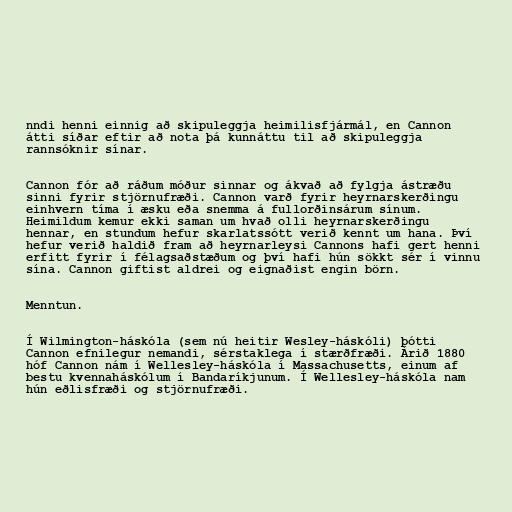
nndi henni einnig að skipuleggja heimilisfjármál, en Cannon
átti síðar eftir að nota þá kunnáttu til að skipuleggja
rannsóknir sínar.

Cannon fór að ráðum móður sinnar og ákvað að fylgja ástræðu
sinni fyrir stjörnufræði. Cannon varð fyrir heyrnarskerðingu
einhvern tíma í æsku eða snemma á fullorðinsárum sínum.
Heimildum kemur ekki saman um hvað olli heyrnarskerðingu
hennar, en stundum hefur skarlatssótt verið kennt um hana. Því
hefur verið haldið fram að heyrnarleysi Cannons hafi gert henni
erfitt fyrir í félagsaðstæðum og því hafi hún sökkt sér í vinnu
sína. Cannon giftist aldrei og eignaðist engin börn.

Menntun.

Í Wilmington-háskóla (sem nú heitir Wesley-háskóli) þótti
Cannon efnilegur nemandi, sérstaklega í stærðfræði. Árið 1880
hóf Cannon nám í Wellesley-háskóla í Massachusetts, einum af
bestu kvennaháskólum í Bandaríkjunum. Í Wellesley-háskóla nam
hún eðlisfræði og stjörnufræði.